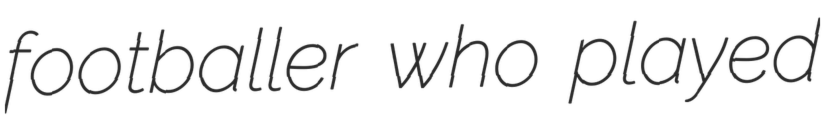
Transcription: footballer who played